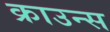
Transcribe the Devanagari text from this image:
क्राउन्स